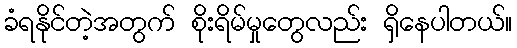
ခံရနိုင်တဲ့အတွက် စိုးရိမ်မှုတွေလည်း ရှိနေပါတယ်။